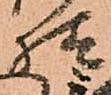
様